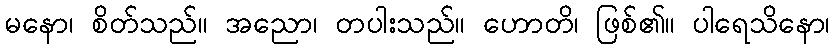
မနော၊ စိတ်သည်။ အညော၊ တပါးသည်။ ဟောတိ၊ ဖြစ်၏။ ပါရေသိနော၊